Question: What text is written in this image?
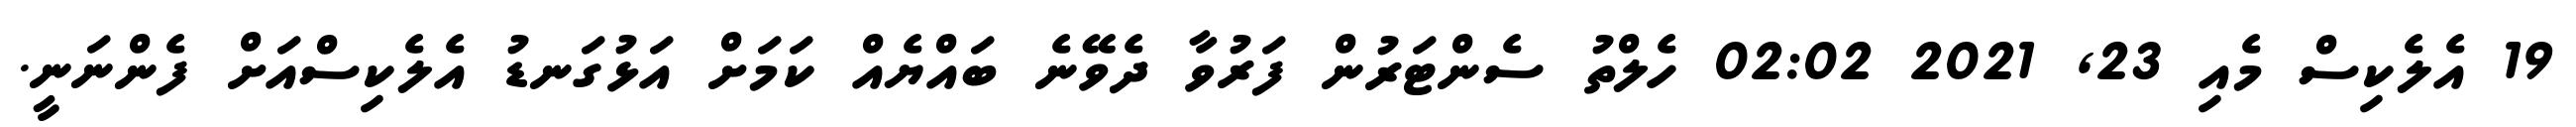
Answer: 19 އެލެކިސް މެއި 23, 2021 02:02 ހެލްތު ސެންޓަރުން ފަރުވާ ދެވޭނެ ބައްޔެއް ކަމަށް އަޅުގަނޑު އެލެކިސްއަށް ފެންނަނީ.